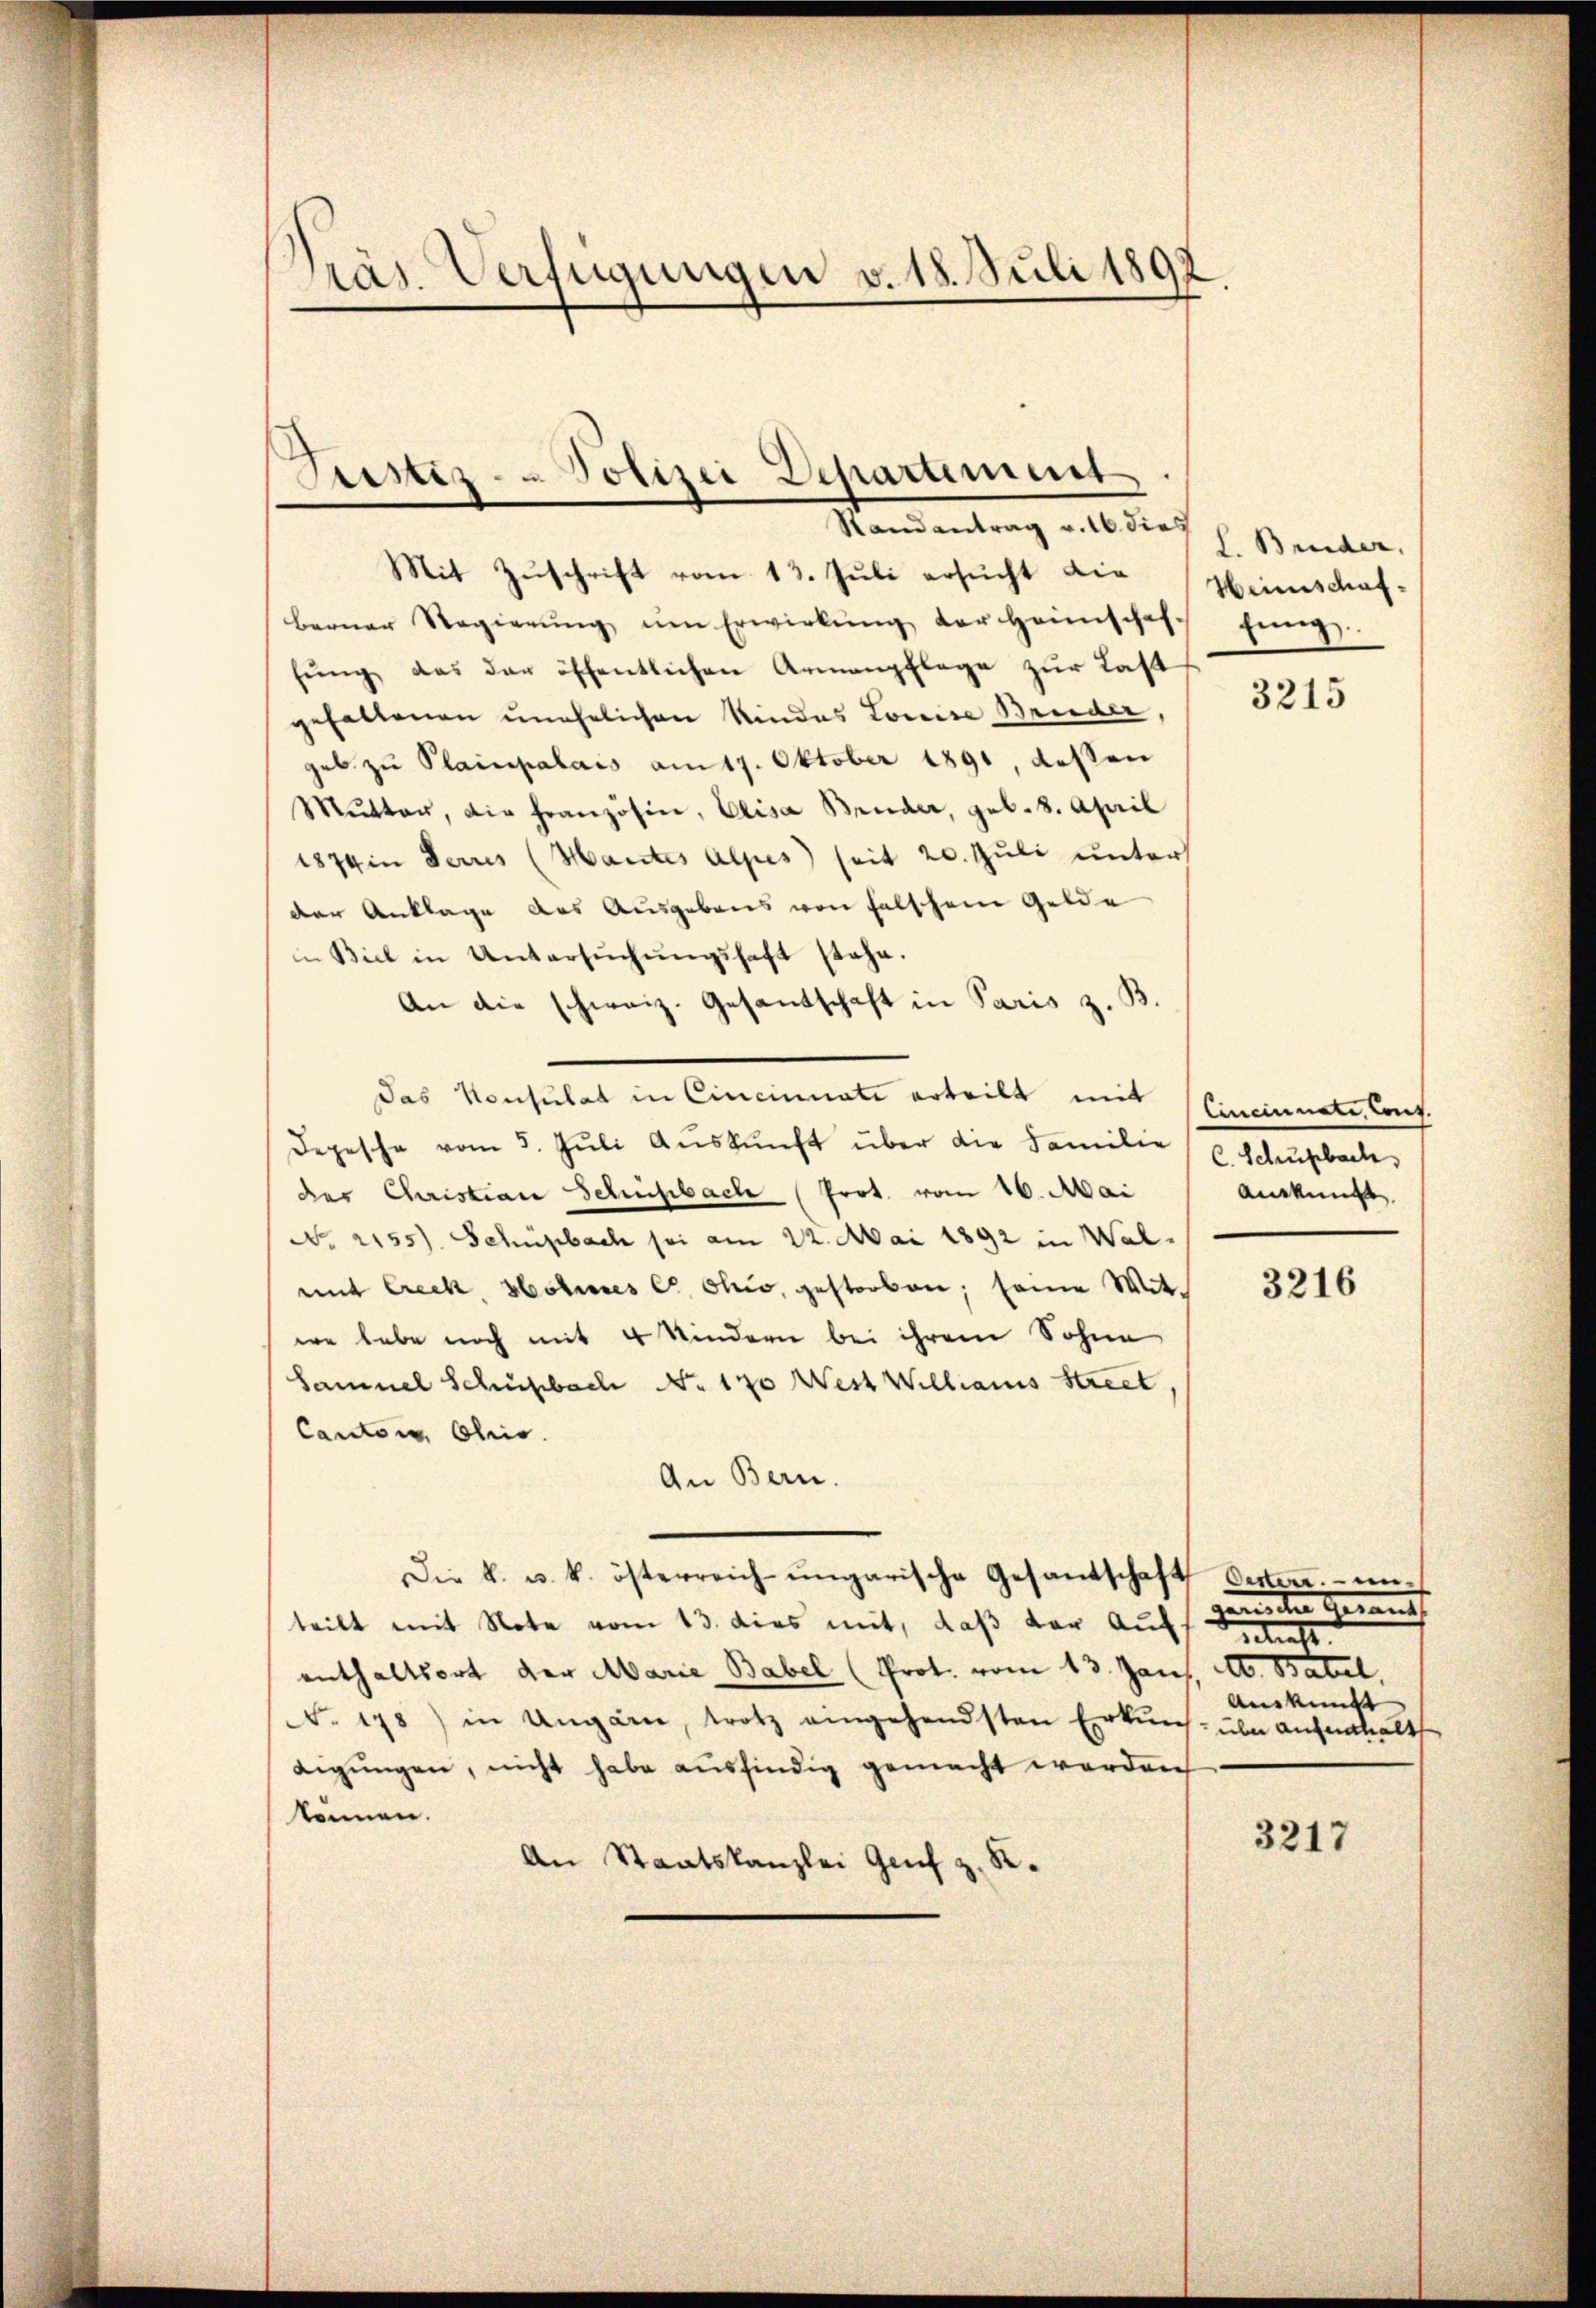
Präs. Verfügungen v. 18. Juli 1892

Sistiz-Polizei Departement
Randantrag v. 16. dies

Mit Zuschrift vom 13. Juli ersucht die Heimschafberner Regierŭng ŭm Erwirkŭng der Heimschaf-
fŭng das der öffentlichen Armenpflege zŭr Last
gehaltenen unehelichen Kindes Louise Bruder,
geb zu Plaicipalais am 17. Oktober 1891, dessen
Mŭtter, die Französin, Elisa Bruder, geb. 8. April
1874 in Ferres (Mantes Alpes) seit 20. Juli unter
der Anklage des Ausgebens von falschem Gelde
in Biel in Untersŭchŭngshaft stehe.
An die schweiz. Gesandschaft in Paris z. B.
Das Konsulat in Cincinnate erteilt mit
Depesche vom 5. Jŭli Aŭskŭnft über die Familie
der Christian Schulbach (Prot. vom 16. Mai
No. 2155). Schüpbach sei am 22. Mai 1892 in Walmit Creck, Sohnes C. Chio, gestorben; seine Witee habe noch mit 4 Kindern bei ihrem Sohne
Samuel Schüßbach No. 170 West Willianis Street
Cantons Chris
An Bern.
Die k. u. k. österreichŭngarische Gesandschaft Oesten unteilt mit Note vom 13. dies mit, daß der Auffas
enthaltsort der Marie Babel (Prot. vom 13. Jans, A. Batel,
No. 178) in Ungarn, trotz eingehandsten Erkŭnf- über aufenthalt
digungen, nicht habe ausfindig gemacht werden
können.
An Staatskanzlei Genf z. R.

L. Bruder,
fung

3215

Cincinnate, Cout.
C. Schupbach,
Auskunft

3216

ameter Gerich
Auskunft

3217